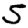
Digit: 5